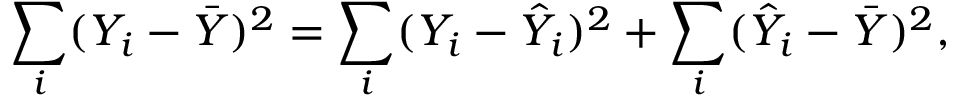
\sum _ { i } ( Y _ { i } - { \bar { Y } } ) ^ { 2 } = \sum _ { i } ( Y _ { i } - { \hat { Y } } _ { i } ) ^ { 2 } + \sum _ { i } ( { \hat { Y } } _ { i } - { \bar { Y } } ) ^ { 2 } ,